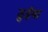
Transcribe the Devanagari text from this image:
ठुईया